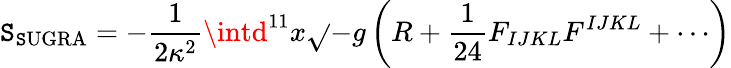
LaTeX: \mathtt{S}_{\mathrm{{\mathtt{S}UGRA}}}=-{\frac{{1}}{{2\kappa^{2}}}}\intd^{11}x\sqrt{}{{-g}}\left(R+{\frac{{1}}{{24}}}F_{IJKL}F^{IJKL}+\cdots\right)